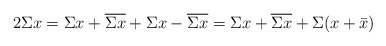
\begin{align*}2\Sigma x=\Sigma x+\overline{\Sigma x}+\Sigma x-\overline{\Sigma x}=\Sigma x+\overline{\Sigma x}+\Sigma (x+{\bar x})\end{align*}